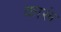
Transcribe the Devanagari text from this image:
कारूं